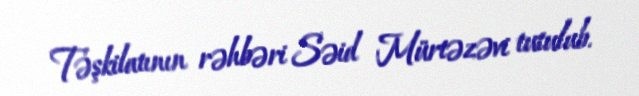
Təşkilatının rəhbəri Səid Mürtəzəvi tutulub.